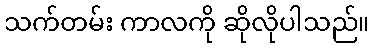
သက်တမ်း ကာလကို ဆိုလိုပါသည်။